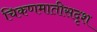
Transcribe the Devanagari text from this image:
चिकणमातीसदृश